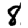
Digit: 8